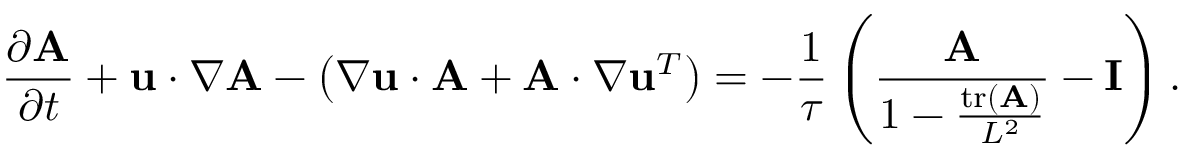
\frac { \partial \mathbf { A } } { \partial t } + \mathbf { u } \cdot \boldsymbol { \nabla } \mathbf { A } - \left( \boldsymbol { \nabla } \mathbf { u } \cdot \mathbf { A } + \mathbf { A } \cdot \boldsymbol { \nabla } \mathbf { u } ^ { T } \right) = - \frac { 1 } { \tau } \left( \frac { \mathbf { A } } { 1 - \frac { \operatorname { t r } ( \mathbf { A } ) } { L ^ { 2 } } } - \mathbf { I } \right) .